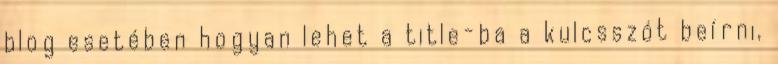
blog esetében hogyan lehet a title-ba a kulcsszót beírni,